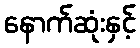
နောက်ဆုံးနှင့်